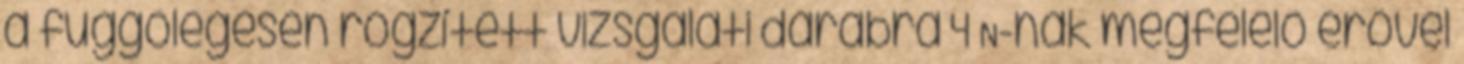
a függõlegesen rögzített vizsgálati darabra 4 N-nak megfelelõ erõvel